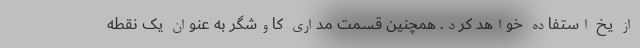
از یخ استفاده خواهد کرد. همچنین قسمت مداری کاوشگر به عنوان یک نقطه